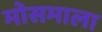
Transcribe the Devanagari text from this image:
मोसमाला